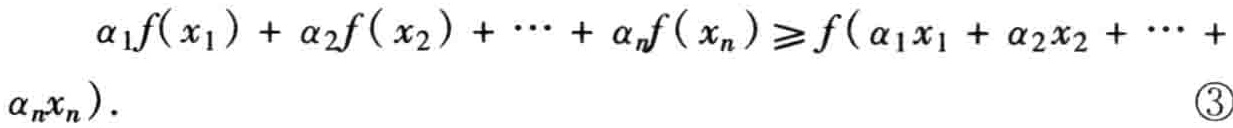
\[\alpha_1f(x_1)+\alpha_2f(x_2)+\cdots+\alpha_nf(x_n)\geqslant f(\alpha_1x_1+\alpha_2x_2+\cdots+\alpha_nx_n).\]  \textcircled{3}